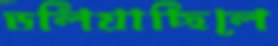
ডলিয়াছিলে